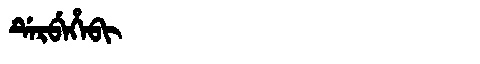
Manchu: ᡩᡝᡵᠪᡝᡥᡝᠪᡳ
Romanization: DERBEHEBI